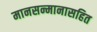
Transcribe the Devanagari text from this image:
मानसन्मानासहित